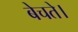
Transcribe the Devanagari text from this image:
बेचते।